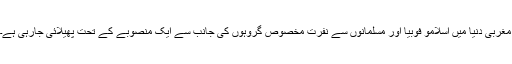
مغربی دنیا میں اسلامو فوبیا اور مسلمانوں سے نفرت مخصوص گروہوں کی جانب سے ایک منصوبے کے تحت پھیلائی جارہی ہے۔